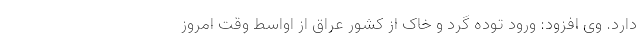
دارد. وی افزود: ورود توده گرد و خاک از کشور عراق از اواسط وقت امروز